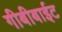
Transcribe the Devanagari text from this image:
गीबीबाईट